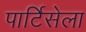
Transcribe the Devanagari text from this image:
पार्टिसेला